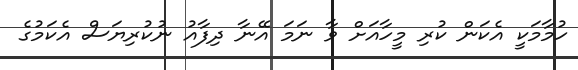
ހުމާމަކީ އެކަން ކުރި މީހާއަށް ވާ ނަމަ އޭނާ ދިފާއު ނުކުރިޔަސް އެކަމުގެ